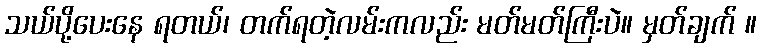
သယ်ပို့ပေးနေ ရတယ်၊ တက်ရတဲ့လမ်းကလည်း မတ်မတ်ကြီးပဲ။ မှတ်ချက် ။